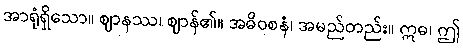
အာရုံရှိသော။ ဈာနဿ၊ ဈာန်၏။ အဓိဝစနံ၊ အမည်တည်း။ ဣဓ၊ ဤ